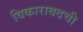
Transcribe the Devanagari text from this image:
विकाराबदची